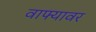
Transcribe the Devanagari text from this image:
वाफ्यावर